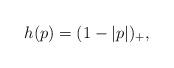
LaTeX: \begin{align*}h(p)=(1-|p|)_+,\end{align*}